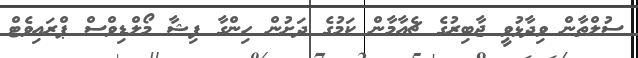
ސުލްތާން ވިދާޅުވީ ޖާބިރުގެ ޗެއާމާން ކަމުގެ ދަށުން ހިންގާ ފިޝާ މޯލްޑިވްސް ޕްރައިވެޓް